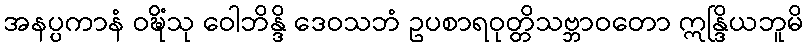
အနပ္ပကာနံ ဝဍ္ဎိံသု ဝေါဘိန္ဒိ ဒေဝသဘံ ဥပစာရဝုတ္တိသဗ္ဘာဝတော ဣန္ဒြိယဘူမိ